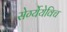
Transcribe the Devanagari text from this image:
सेर्ग्येयेविच